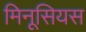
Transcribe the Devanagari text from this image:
मिनूसियस